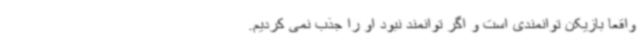
واقعا بازیکن توانمندی است و اگر توانمند نبود او را جذب نمی کردیم.